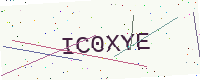
Text: IC0XYE